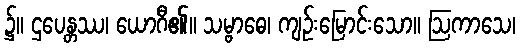
၌။ ဌပေန္တဿ၊ ယောဂီ၏။ သမ္ဗာဓေ၊ ကျဉ်းမြောင်းသော။ ဩကာသေ၊